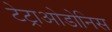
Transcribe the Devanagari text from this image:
टेट्राओडोनिस